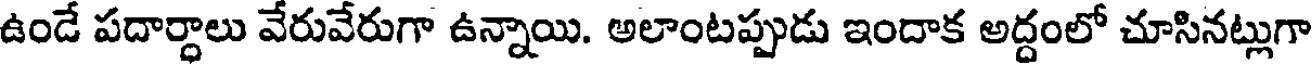
ఉండే పదార్ధాలు వేరువేరుగా ఉన్నాయి. అలాంటప్పుడు ఇందాక అద్దంలో చూసినట్లుగా